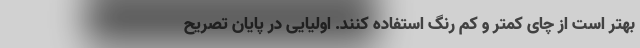
بهتر است از چای کمتر و کم رنگ استفاده کنند. اولیایی در پایان تصریح